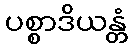
ပစ္စာဒိယန္တံ